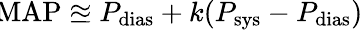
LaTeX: \! {\mathrm{MAP}}\approxeq P_{\mathrm{dias}}+k(P_{\mathrm{sys}}-P_{\mathrm{dias}})